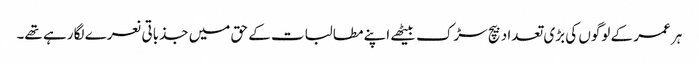
ہر عمر کے لوگوں کی بڑی تعداد بیچ سڑک بیٹھے اپنے مطالبات کے حق میں جذباتی نعرے لگا رہے تھے۔